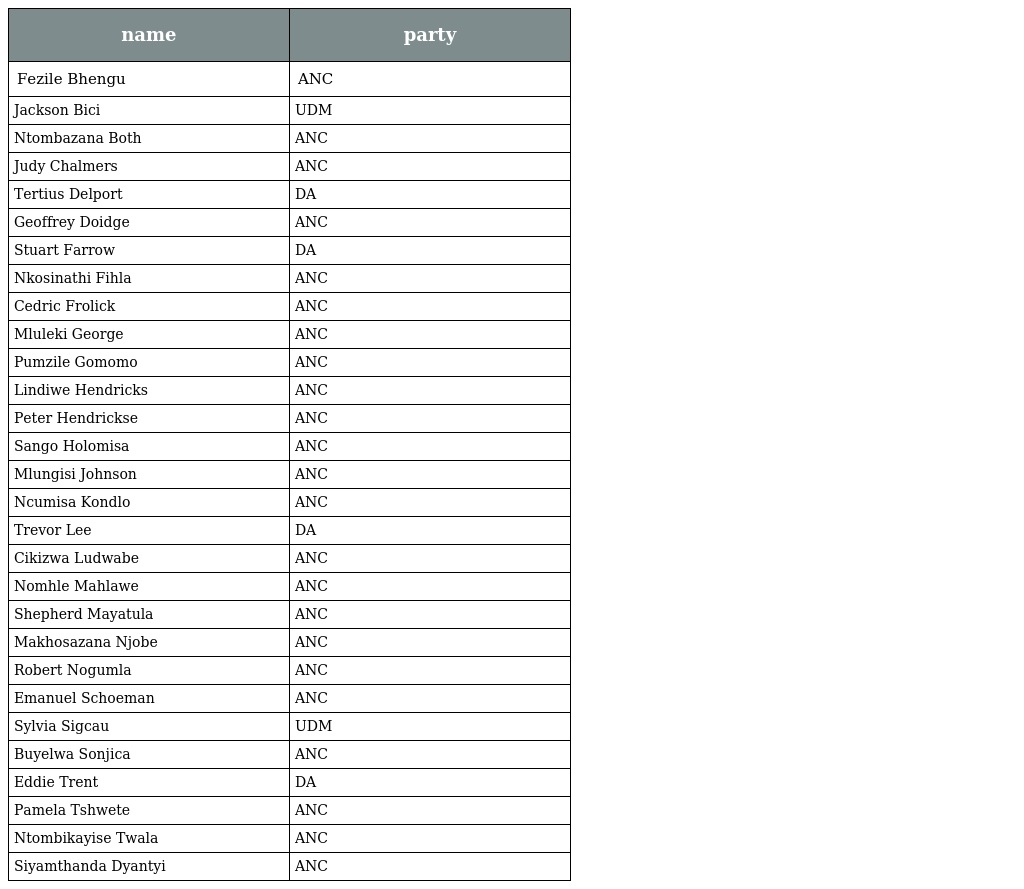
| name | party |
 | --- | --- |
 | Fezile Bhengu | ANC |
 | Jackson Bici | UDM |
 | Ntombazana Both | ANC |
 | Judy Chalmers | ANC |
 | Tertius Delport | DA |
 | Geoffrey Doidge | ANC |
 | Stuart Farrow | DA |
 | Nkosinathi Fihla | ANC |
 | Cedric Frolick | ANC |
 | Mluleki George | ANC |
 | Pumzile Gomomo | ANC |
 | Lindiwe Hendricks | ANC |
 | Peter Hendrickse | ANC |
 | Sango Holomisa | ANC |
 | Mlungisi Johnson | ANC |
 | Ncumisa Kondlo | ANC |
 | Trevor Lee | DA |
 | Cikizwa Ludwabe | ANC |
 | Nomhle Mahlawe | ANC |
 | Shepherd Mayatula | ANC |
 | Makhosazana Njobe | ANC |
 | Robert Nogumla | ANC |
 | Emanuel Schoeman | ANC |
 | Sylvia Sigcau | UDM |
 | Buyelwa Sonjica | ANC |
 | Eddie Trent | DA |
 | Pamela Tshwete | ANC |
 | Ntombikayise Twala | ANC |
 | Siyamthanda Dyantyi | ANC |